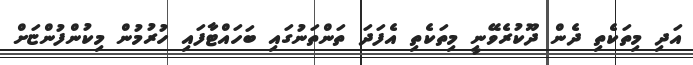
އަދި މިތަކެތި ދެން ދޫކުރެވޭނީ މިތަކެތި އެފަދަ ތަންތަނުގައި ބަހައްޓާފައި ހުރުމުން މިކުންފުންޏަށް